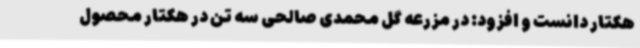
هکتار دانست و افزود: در مزرعه گل محمدی صالحی سه تن در هکتار محصول